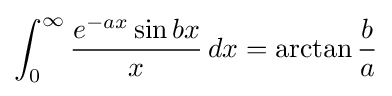
\int _{0}^{\infty }{\frac {e^{-ax}\sin bx}{x}}\,dx=\arctan {\frac {b}{a}}